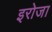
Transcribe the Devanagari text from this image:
इरोजा